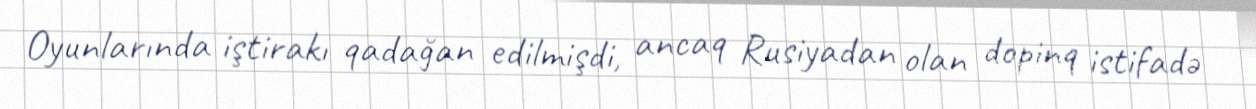
Oyunlarında iştirakı qadağan edilmişdi, ancaq Rusiyadan olan dopinq istifadə